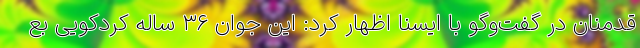
قدمنان در گفت‌وگو با ایسنا اظهار کرد: این جوان ۳۶ ساله کردکویی بع